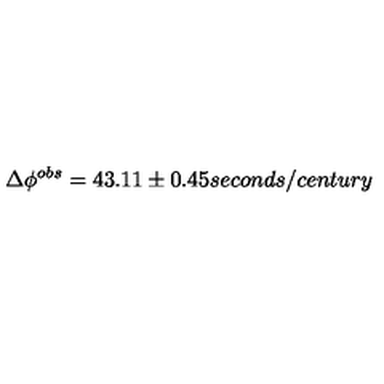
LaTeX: \Delta \phi ^ { o b s } = 4 3 . 1 1 \pm 0 . 4 5 s e c o n d s / c e n t u r y